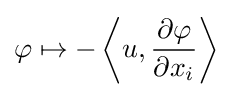
\varphi \mapsto -\left\langle u,{\frac {\partial \varphi }{\partial x_{i}}}\right\rangle